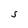
Character: S